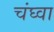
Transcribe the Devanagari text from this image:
चंघ्वा